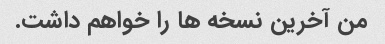
من آخرین نسخه ها را خواهم داشت.